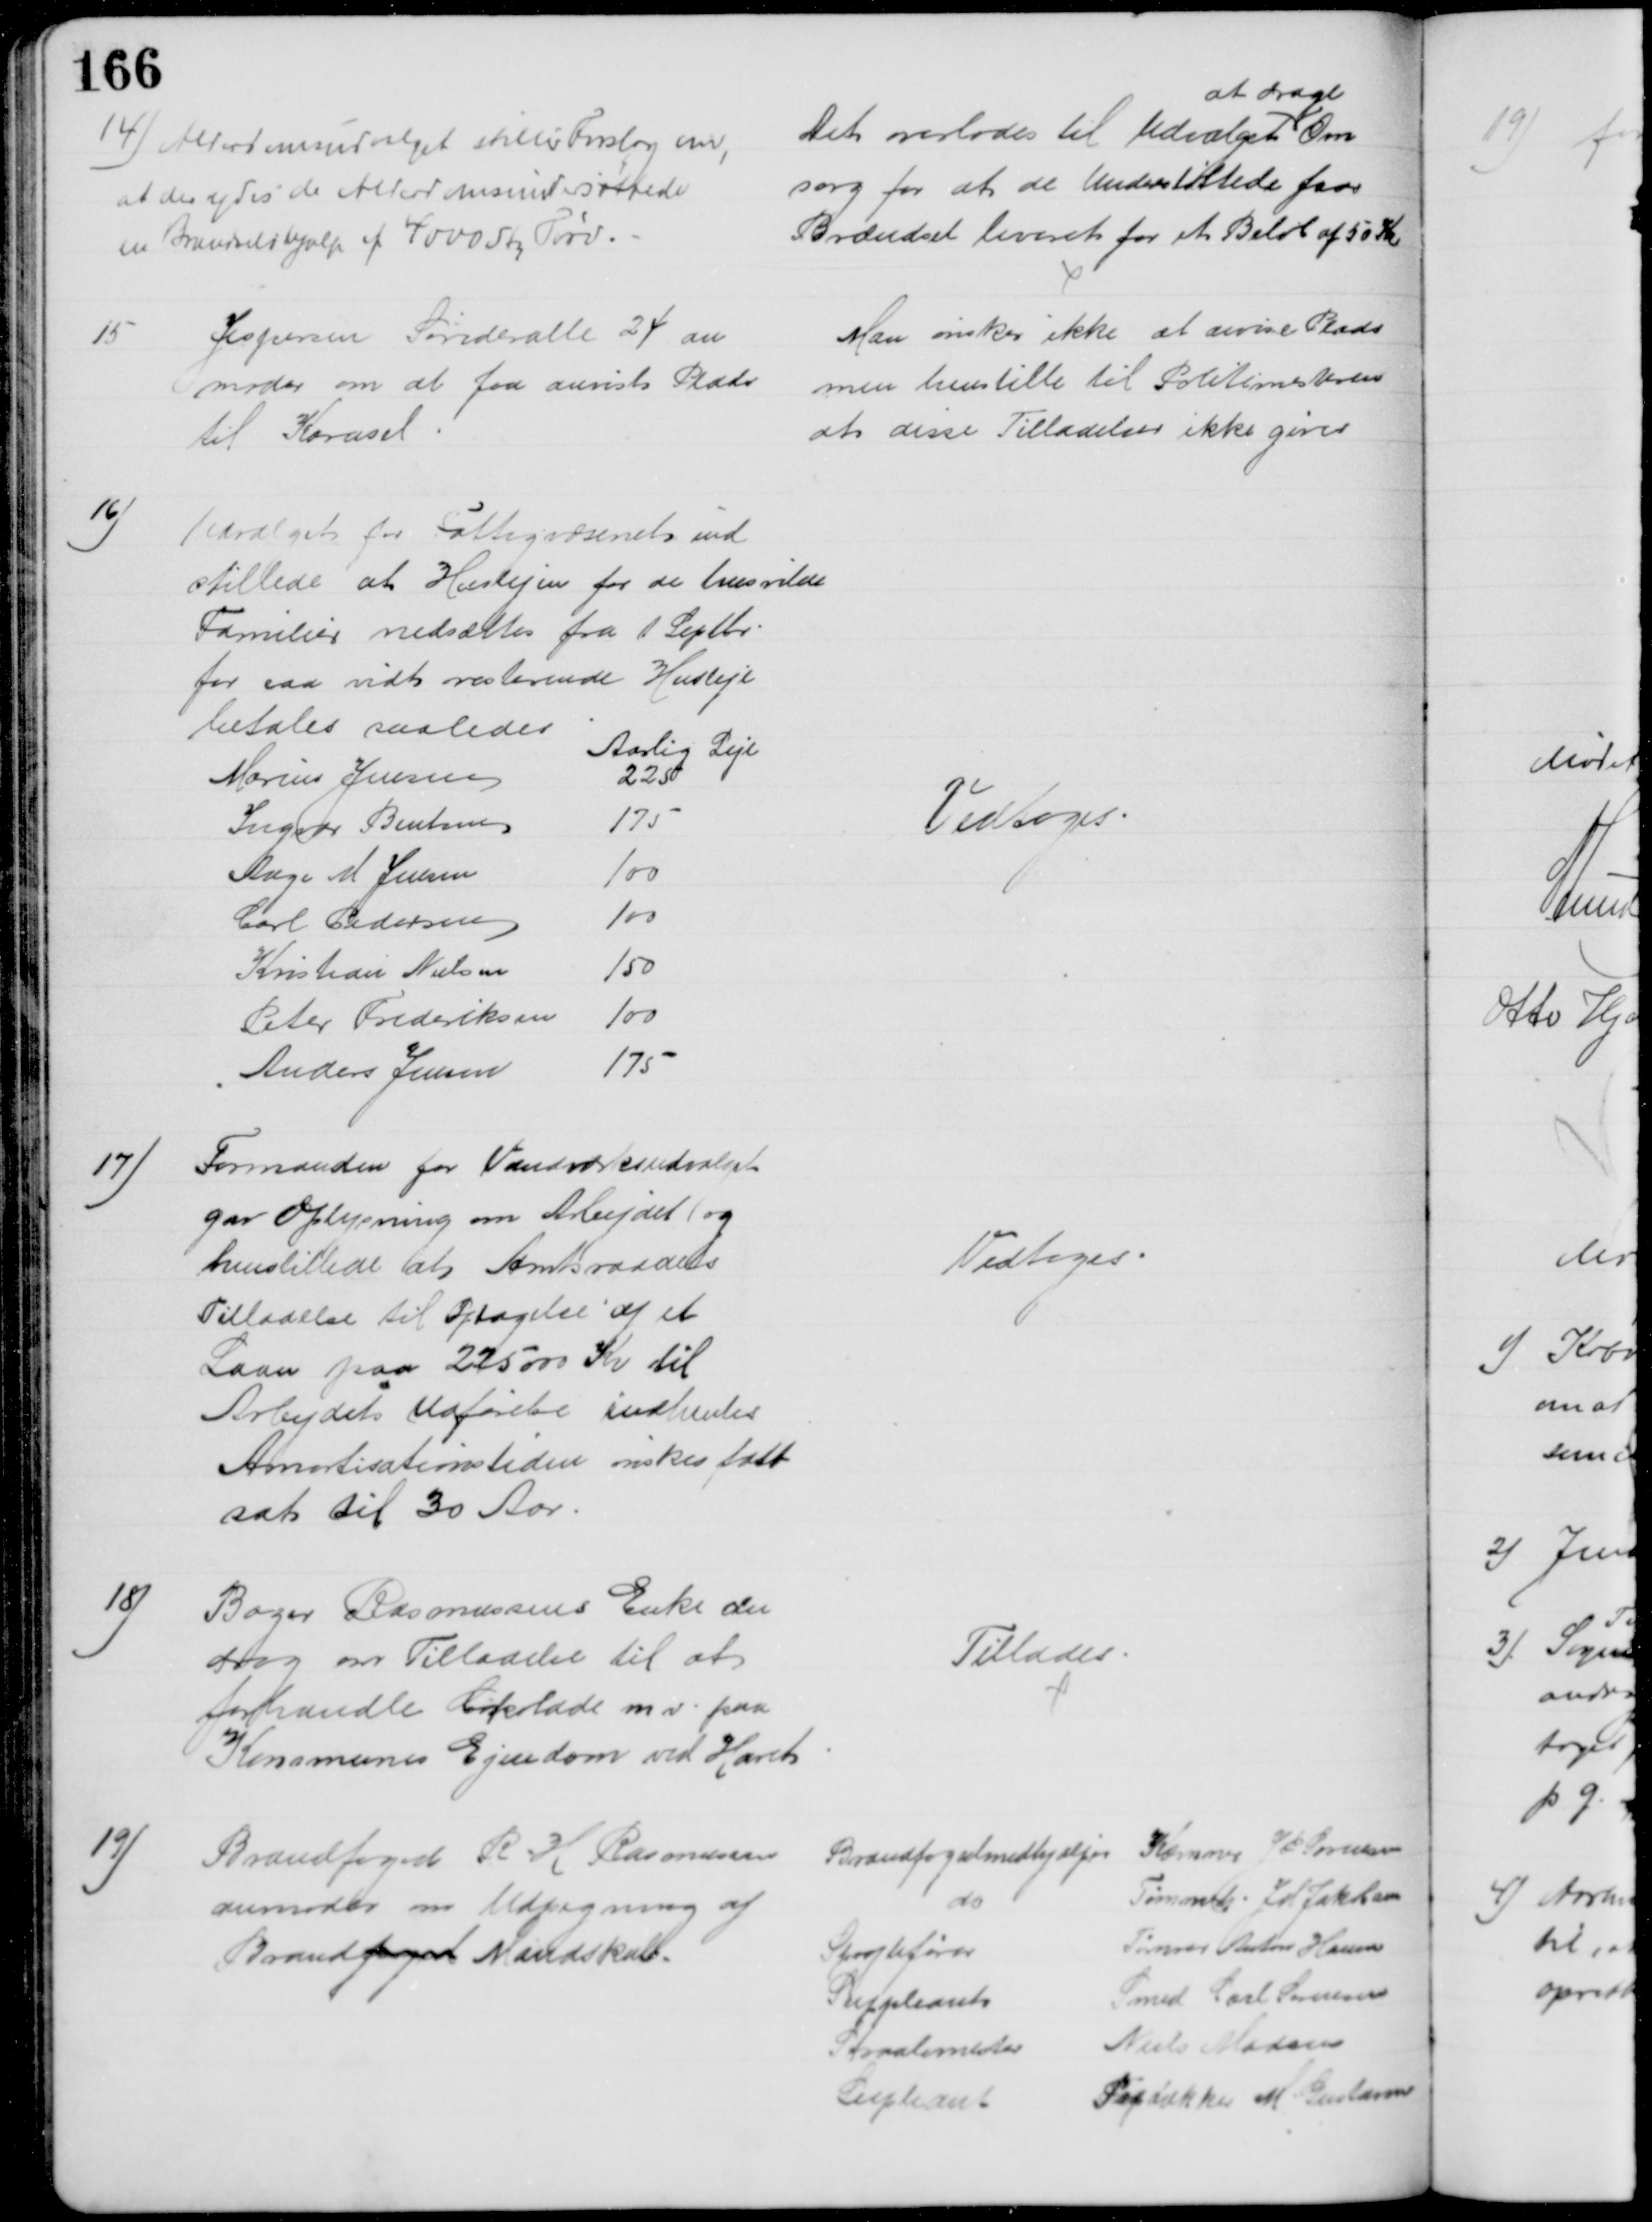
Transskription:
14) Alderdomsudvalget stiller Forslag om,
at der ydes de Alderdomsundersøttede
en Brændselshjælp af 4000 Sty Tørv.
Det overlodes til Udvalget 
at drage
Om
sorg for at de Understøttede faar
Brændsel leveret for et Beløb af 50 Kr.
15
Jespersen Sønderalle 24 an
moder om at faa anvist Plads
til Karusel
Man ønsker ikke at anvise Plads
men henstille til Politimesteren
at disse Tilladelser ikke gives
16)
Udvalget for Fattigvæsenet ind
stillede at Huslejen for de husvilde
Familier nedsættes fra 1 Septbr
for saa vidt resterende Husleje
betales saaledes
Aarlig Leje
Marius Jensen
225
Ingvar Bentsen
175
Aage M Jensen
100
Carl Pedersen
100
Kristian Nielsen
150
Peter Frederiksen
100
Anders Jensen
175
Vedtoges
17)
Formanden for Vandværksudvalget
gav Oplysning om Arbejdet og 
henstillede at Amtsraadets
Tilladelse til Optagelse af et 
Laan paa 225000 Kr til
Arbejdets Udførelse indhentes
Amortisationstiden ønskes fast
sat til 30 Aar.
Vedtoges
18)
Bager Rasmussens Enke an
drog om Tilladelse til at
forhandle Cokolade m.v. paa 
Kommunes Ejendom ved Havet
Tillades
19)
Brandfoged R H Rasmussen
anmoder om Udpegning af
Brandfoged Mandskab.
Brandfogedmedhjælper Kæmner J P Sørensen
do
Tømmerh. J M Jakobsen
Sprøjtefører
Tømrer Anton Hansen
Suppleant
Smed Carl Sørensen
Straalemester
Niels Madsen
Supleant
Papdækker M. Gustavsen